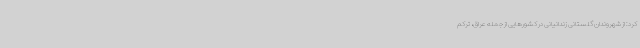
کرد: از شهروندان گلستانی زندانیانی در کشورهایی از جمله عراق، ترکم